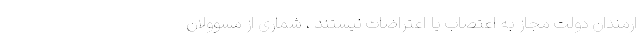
ارمندان دولت مجاز به اعتصاب یا اعتراضات نیستند ، شماری از مسوولان